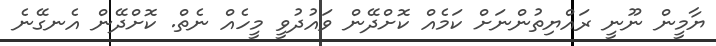
ޔާމީން ނޫނީ ރައްޔިތުންނަށް ކަމެއް ކޮށްދޭން ވައުދުވީ މީހެއް ނެތް. ކޮށްދޭން އެނގޭނެ